Indian journal of veterinary science and animal husbandry - Volumes 18-21, 1948-1951
Year: 1948
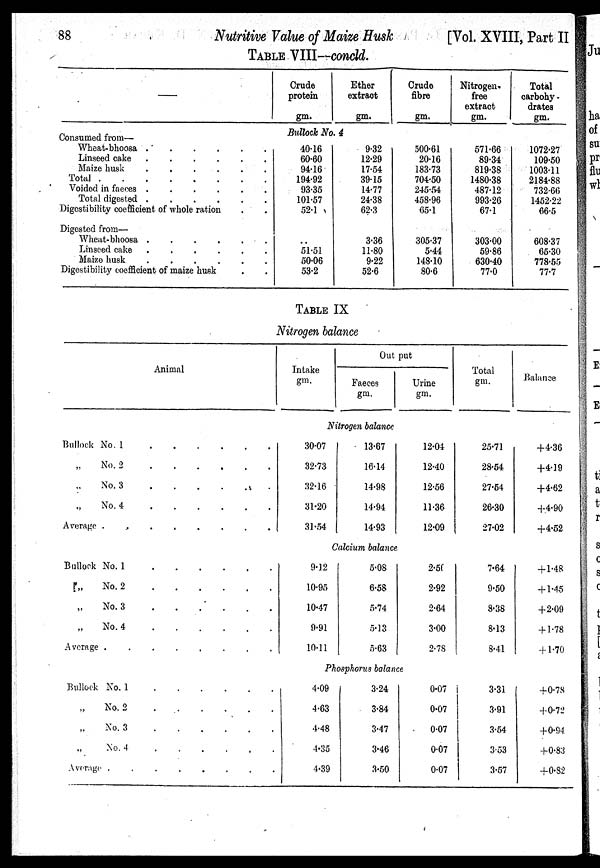
88
Nutritive Value of Maize
Husk
[Vol. XVIII, Part II
TABLE VIII—concld.
—
Consumed from—
Wheat-bhoosa . . . . . .
Linseed cake
.
.
.
.
.
.
Maize husk
.
.
.
.
.
.
Total
.
.
.
.
.
.
.
.
Voided in faeces
.
.
.
.
.
.
Total digested
.
.
.
.
.
.
Digestibility coefficient of whole ration . .
Digested from—
Wheat-bhoosa
.
.
.
.
.
.
Linseed cake
.
.
.
.
.
.
Maize husk
.
.
.
.
.
.
Digestibility coefficient of maize husk . .
Crude
protein
gm.
Ether
extract
gm.
Crude
fibre
gm.
Nitrogen
free
extract
gm.
Total
carbohy¬
drates
gm.
Bullock No. 4
40.16
60.60
94.16
194.92
93.35
101.57
52.1
. .
51.51
50.06
53.2
9.32
12.29
17.54
39.15
14.77
24.38
62.3
3.36
11.80
9.22
52.6
500.61
20.16
183.73
704.50
245.54
458.96
65.1
305.37
5.44
148.10
80.6
571.66
89.34
819.38
1480.38
487.12
993.26
67.1
303.00
59.86
630.40
77.0
1072.27
109.50
1003.11
2184.88
732.66
1452.22
66.5
608.37
65.30
778.55
77.7
TABLE IX
Nitrogen balance
Animal
Bullock No. 1
.
.
.
.
.
.
„ No. 2
.
.
.
.
.
.
„ No. 3
.
.
.
.
.
.
„ No. 4
.
.
.
.
.
.
Average
.
.
.
.
.
.
.
.
Bullock No. 1
.
.
.
.
.
.
„
No. 2
.
.
.
.
.
.
„ No. 3 . . . . . .
„ No. 4
.
.
.
.
.
.
Average
.
.
.
.
.
.
.
.
Bullock No. 1
.
.
.
.
.
.
„ No. 2
.
.
.
.
.
.
„ No. 3
.
.
.
.
.
.
„ No. 4
.
.
.
.
.
.
Average
.
.
.
.
.
.
.
.
Intake
gm.
Out put
Faeces
gm.
Urine
gm.
Total
gm.
Balance
Nitrogen balance
30.07
32.73
32.16
31.20
31.54
13.67
16.14
14.98
14.94
14.93
12.04
12.40
12.56
11.36
12.09
25.71
28.54
27.54
26.30
27.02
+4.36
+4.19
+4.62
+4.90
+4.52
Calcium balance
9.12
10.95
10.47
9.91
10.11
5.08
6.58
5.74
5.13
5.63
2.56
2.92
2.64
3.00
2.78
7.64
9.50
8.38
8.13
8.41
+1.48
+1.45
+2.09
+1.78
+1.70
Phosphorus balance
4.09
4.63
4.48
4.35
4.39
3.24
3.84
3.47
3.46
3.50
0.07
0.07
0.07
0.07
0.07
3.31
3.91
3.54
3.53
3.57
+0.78
+0.72
+0.94
+0.83
+0.82